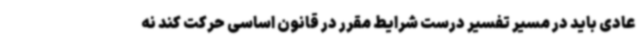
عادی باید در مسیر تفسیر درست شرایط مقرر در قانون اساسی حرکت کند نه